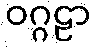
ဝဂ္ဂဠာ